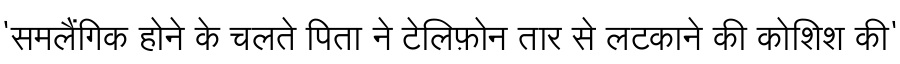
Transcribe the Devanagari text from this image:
'समलैंगिक होने के चलते पिता ने टेलिफ़ोन तार से लटकाने की कोशिश की'